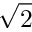
\sqrt { 2 }